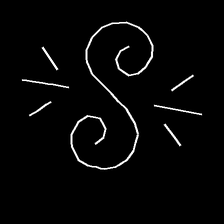
Glyph: wind-directs-air